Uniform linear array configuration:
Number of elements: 32
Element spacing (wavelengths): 0.75
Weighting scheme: binomial
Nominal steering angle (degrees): -15
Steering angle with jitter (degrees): -16.037
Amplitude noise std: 0.05
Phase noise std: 0.05

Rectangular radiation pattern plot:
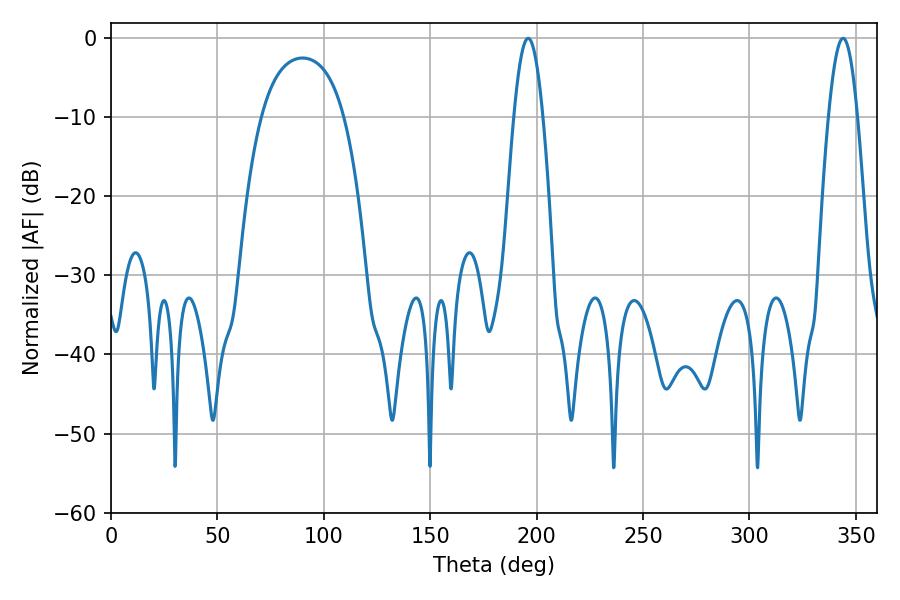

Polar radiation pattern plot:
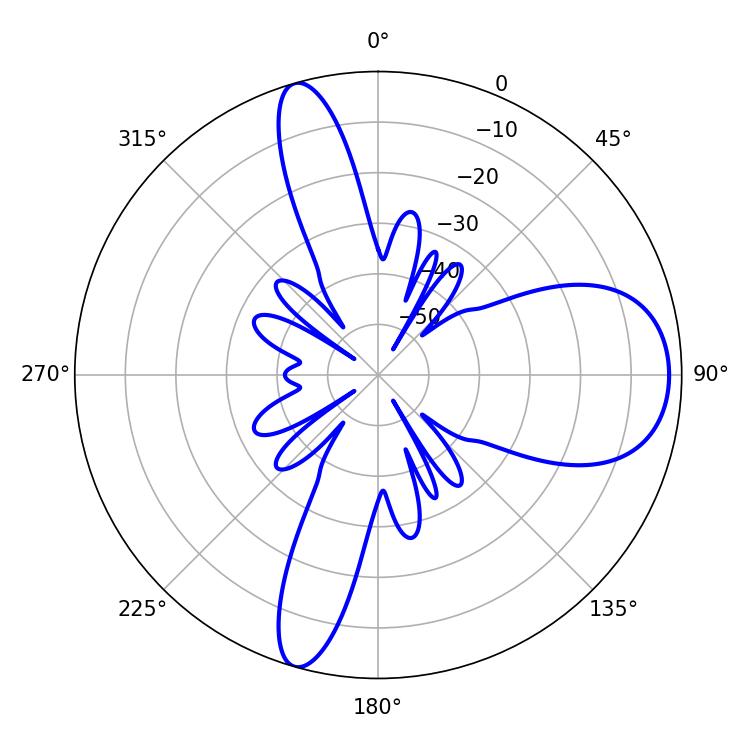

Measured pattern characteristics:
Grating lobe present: TRUE
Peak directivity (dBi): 10.307
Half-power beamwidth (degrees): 7.38
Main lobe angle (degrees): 196.02